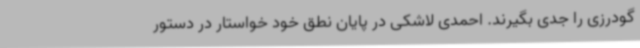
گودرزی را جدی بگیرند. احمدی لاشکی در پایان نطق خود خواستار در دستور